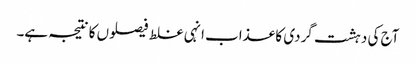
آج کی دہشت گردی کا عذاب انہی غلط فیصلوں کا نتیجہ ہے۔